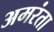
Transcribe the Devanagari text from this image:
अमरंता